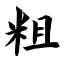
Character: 粗